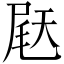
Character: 𫯨